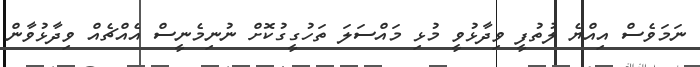
ނަމަވެސް އިއްޔެ ލުތުފީ ވިދާޅުވީ މުޅި މައްސަލަ ތަހުގީގުކޮށް ނުނިމެނީސް އެއްޗެއް ވިދާޅުވާން